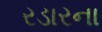
રડારના